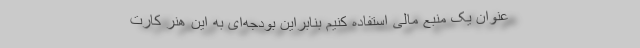
عنوان یک منبع مالی استفاده کنیم بنابراین بودجه‌ای به این هنر کارت